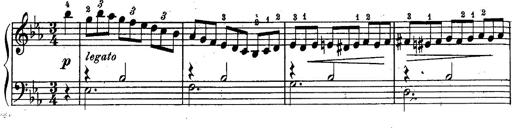
Title: Schubert's Impromptus [revised and edited by Franz Liszt]
Composer: Franz Liszt